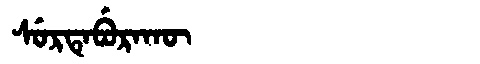
Manchu: ᠰᡠᡵᡨᡝᠪᡠᡵᠠᡴᡡ
Romanization: SURTEBURAKŪ